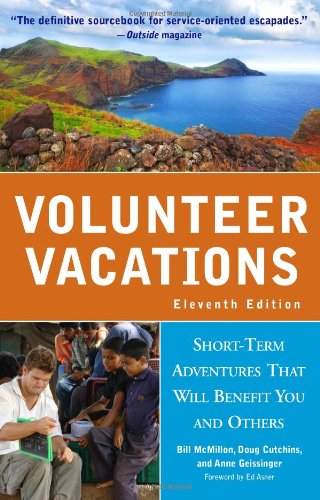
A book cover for Volunteer Vacations: Short-Term Adventures That Will Benefit You and Others; Bill McMillon; Business & Money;